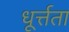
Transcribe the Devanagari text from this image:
धूर्त्तता